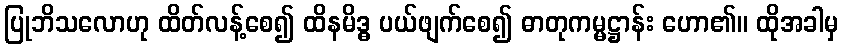
ပြုဘိသလောဟု ထိတ်လန့်စေ၍ ထိနမိဒ္ဓ ပယ်ဖျက်စေ၍ ဓာတုကမ္မဋ္ဌာန်း ဟော၏။ ထိုအခါမှ